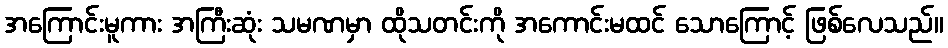
အကြောင်းမူကား အကြီးဆုံး သမဏမှာ ထိုသတင်းကို အကောင်းမထင် သောကြောင့် ဖြစ်လေသည်။